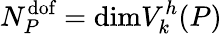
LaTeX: N_{{P}}^{\textrm{dof}}=\textrm{dim}V_{k}^{h}({P})